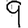
Digit: 9